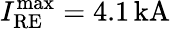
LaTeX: I_{\mathrm{RE}}^{\mathrm{max}}=4.1\, \mathrm{kA}